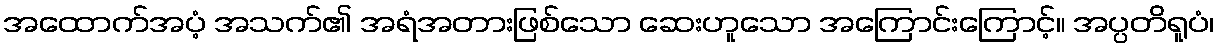
အထောက်အပံ့ အသက်၏ အရံအတားဖြစ်သော ဆေးဟူသော အကြောင်းကြောင့်။ အပ္ပတိရူပံ၊